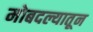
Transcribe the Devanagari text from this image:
मोबदल्यातून